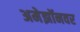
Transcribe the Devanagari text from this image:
अमेझॉनवर